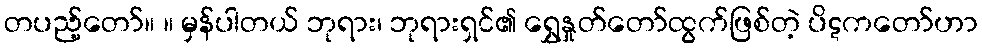
တပည့်တော်။ ။ မှန်ပါတယ် ဘုရား၊ ဘုရားရှင်၏ ရွှေနှုတ်တော်ထွက်ဖြစ်တဲ့ ပိဋကတော်ဟာ